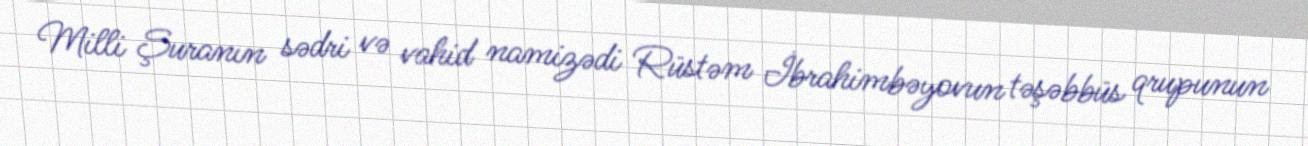
Milli Şuranın sədri və vahid namizədi Rüstəm İbrahimbəyovun təşəbbüs qrupunun